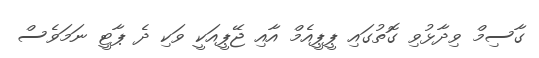
ގާސިމް ވިދާޅުވި ގޮތުގައި ޕީޕީއެމް އާއި ޖޭޕީއަކީ ވަކި ދެ ޕާޓީ ނަމަވެސް